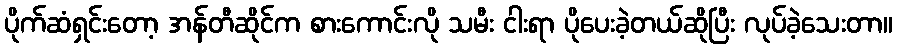
ပိုက်ဆံရှင်းတော့ အန်တီဆိုင်က စားကောင်းလို သမီး ငါးရာ ပိုပေးခဲ့တယ်ဆိုပြီး လုပ်ခဲ့သေးတာ။